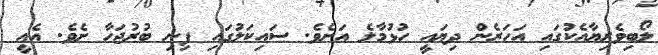
ލޯބިވެރިޔާއެކުގައި އަހަރެން ދިޔައީ ހުޅުމާލެ އަށެވެ. ސައިކަލުގައި ފިނި ބުރުޖަހާ ށެވެ. އެއީ